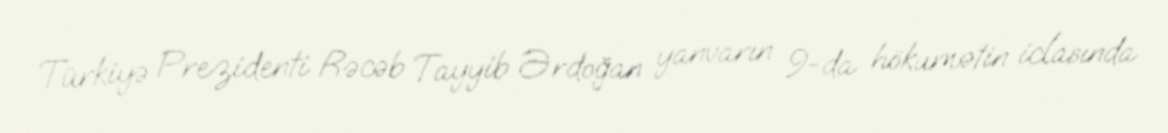
Türkiyə Prezidenti Rəcəb Tayyib Ərdoğan yanvarın 9-da hökumətin iclasında